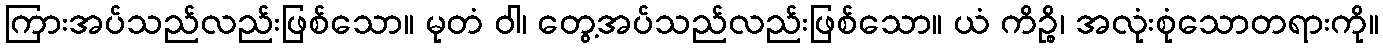
ကြားအပ်သည်လည်းဖြစ်သော။ မုတံ ဝါ၊ တွေ့အပ်သည်လည်းဖြစ်သော။ ယံ ကိဉ္စိ၊ အလုံးစုံသောတရားကို။